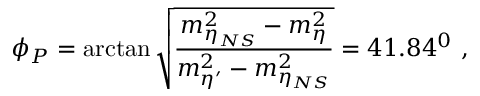
\phi _ { P } = \arctan \sqrt { \frac { m _ { \eta _ { N S } } ^ { 2 } - m _ { \eta } ^ { 2 } } { m _ { \eta ^ { \prime } } ^ { 2 } - m _ { \eta _ { N S } } ^ { 2 } } } = 4 1 . 8 4 ^ { 0 } ~ ,